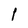
Character: 1